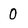
Character: 0